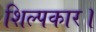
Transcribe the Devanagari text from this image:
शिल्पकार।